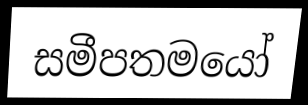
සමීපතමයෝ